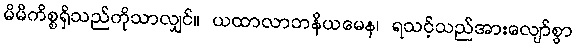
မိမိကိစ္စရှိသည်ကိုသာလျှင်။ ယထာလာဘနိယမေန၊ ရသင့်သည်အားလျော်စွာ